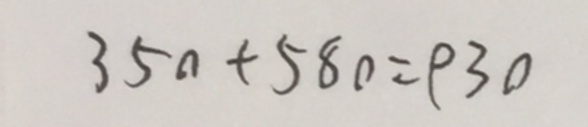
3 5 0 + 5 8 0 = 9 3 0